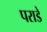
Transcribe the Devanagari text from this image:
पराडे